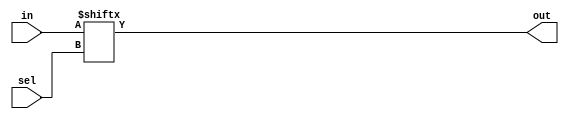
module top_module (
    input wire [255:0] in,   // 256-bit wide input vector
    input wire [7:0] sel,    // 8-bit select signal
    output wire out          // 1-bit output
);

    // Multiplexer logic: out is the bit in `in` at position `sel`
    assign out = in[sel];

endmodule